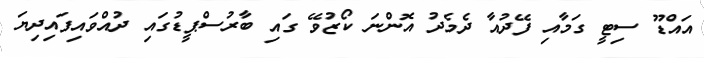
އައްޑޫ ސިޓީ ގަމާއި ފޭދުއާ ދެމެދު އޮންނަ ކޯޒުވޭ ގައި ބާރުސްޕީޑުގައި ދުއްވައިފައިދިޔަ